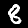
Label: 8